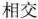
相交